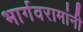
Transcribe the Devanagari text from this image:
भार्गवरामांनी